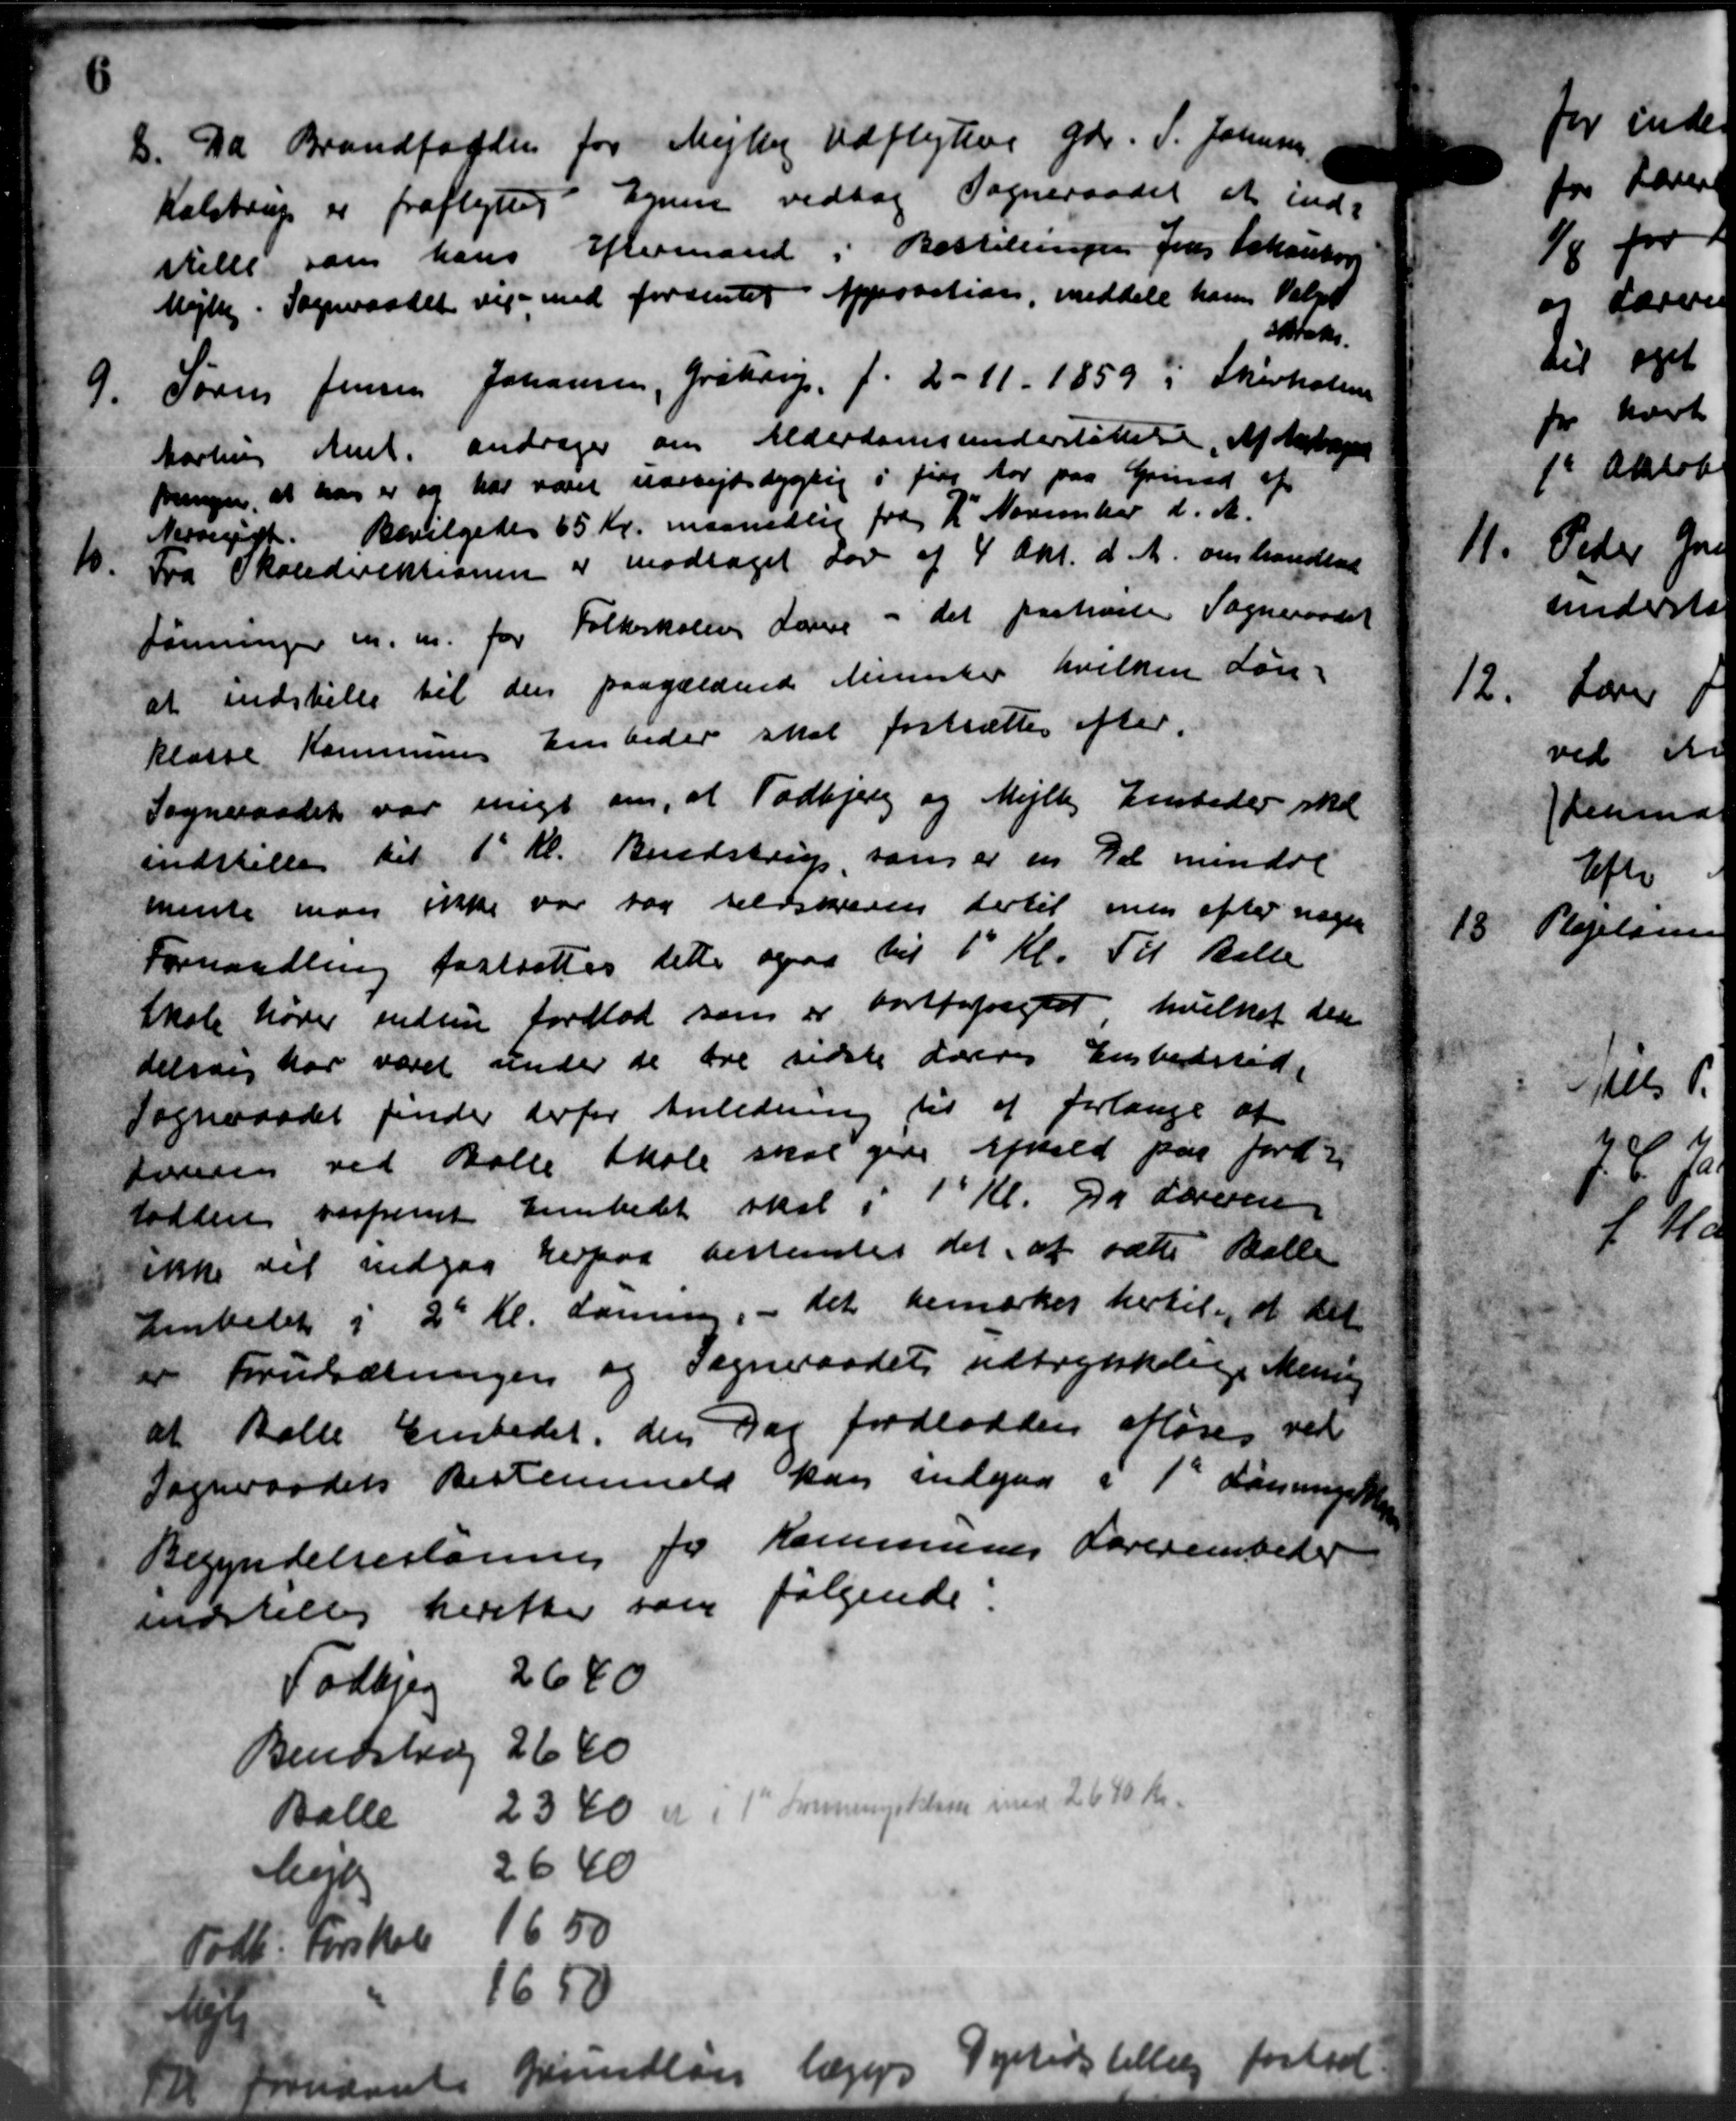
Transskription:
8. Da Brandfogden for Mejlby udflyttere Gdr. S. Johnsen
8. Da Brandfogden for Mejlby udflyttere Gdr. S. Johnsen
Kalstrup er fraflytter Egnen vedtog Sogneraadet at ind-
stille som hans Eftermand i Bestillinger Jens Johankor
Mejlby. Sogneraadet vil med fordentet Approbation, meddele hans Valget
sotaks
9.
Sørens Jensen Johansen, Gråtorp, f. 2 - 11. 1859 i Skivholm
Aarhus Amt andrager om Alderdomsunderstøttelse af Antage
Reger, at har er og har været uarbejdsdygtig i fire Aar paa Grund af
Nesvegigt. Bevilgedes 65 Kr. maanedlig fra 2' November d. A.
Fra Skoledirektionen er modtaget Lov af 4 Okt. d. A. om handled
10.
Foreninger m. m. for Folkeskolen Lave - det paakræste Sogneraadet
at indstille til den paagældende Minister hvilken Løn-
klasse Kommunens Embeder skal fastsættes efter.
Sogneraadet var enge om, at Todbjerg og Mejlby Ensteder ska
indstille til 1' Kl. Bendstrup som er en Del mindre
mente man ikke var sag selvskreven dertil men efter nogen
Forhandling fastsattes dette ogsaa til 1' Kl. Til Balle
Skole Møder indsen Jordlod som er bortforpagter hvilket den
delse har været under de ere sidste deres Embedstøde
Sogneraadet finder derfor Anledning til at forlange at
tonsen ved Balle Skole skal give afhold paa fordr
talten saafremt Embedet skal i 1' Kl. Da Læreren
ikke det indgaa herpaa bestemtes det at sætte Balle
Embedet i 2 Kl. Lønning, - det bemærkes hertil, at det
til Forudsætningen og Sogneraadets udtrykkelige Mening
at Balle Embedet, den Dag Jordlodden afløses ved
Sogneraadets Bestemmelse kan indgaa i 1' dannesen
Begyndelsesløring for Kommunes Lærerembeder
indstilles herefter som følgende:
Todbjerg 2640
Bendstrup 2640
Balle 2340 er i 1st Fenningstelsen med 2640 Kr.
Møjt 26,40
Født: Forskel 1650
14/9 1650
m dant Grundløn lægg. Dyrtidstillæg forlad